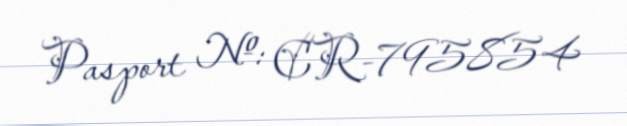
Pasport №: CR-795854